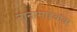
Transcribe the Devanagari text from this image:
नानासाहेबांवर